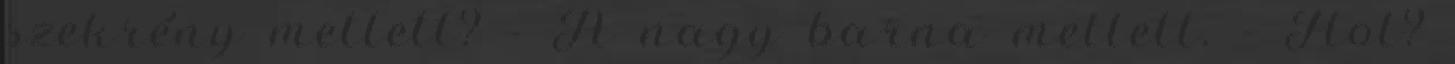
szekrény mellett? - A nagy barna mellett. - Hol?